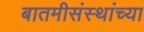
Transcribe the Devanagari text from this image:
बातमीसंस्थांच्या